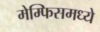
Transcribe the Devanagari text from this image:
मेम्फिसमध्ये